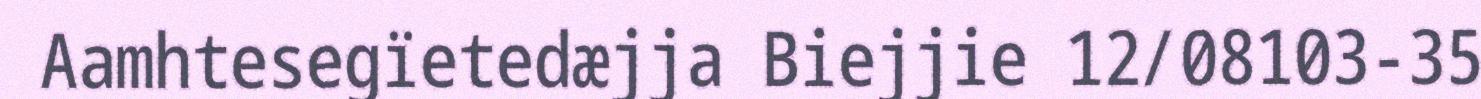
Aamhtesegïetedæjja Biejjie 12/08103-35